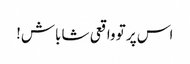
اس پر تو واقعی شاباش!